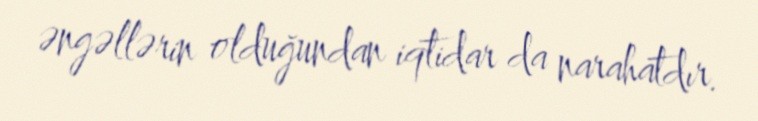
əngəllərin olduğundan iqtidar da narahatdır.